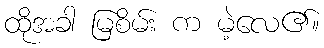
ထိုအခါ မြစိမ်း က မဲ့လေ၏။